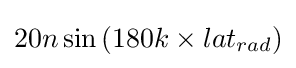
20n\sin {}(180k\times lat_{rad})